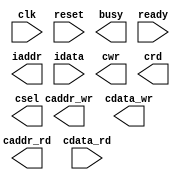

`timescale 1ns/10ps

module  CONV(
	input		clk,
	input		reset,
	output		busy,	
	input		ready,	
			
	output		iaddr,
	input		idata,	
	
	output	 	cwr,
	output	 	caddr_wr,
	output	 	cdata_wr,
	
	output	 	crd,
	output	 	caddr_rd,
	input	 	cdata_rd,
	
	output	 	csel
	);



endmodule